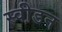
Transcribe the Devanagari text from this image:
स्वी़डन